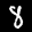
Label: 8